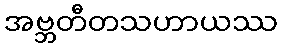
အဗ္ဘတီတသဟာယဿ